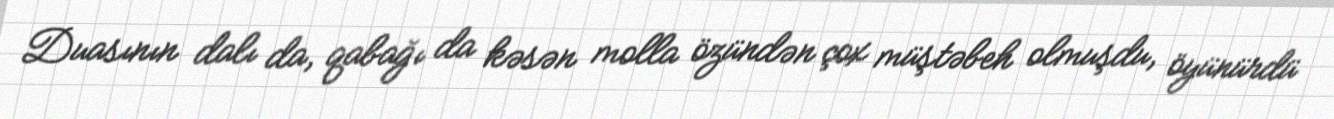
Duasının dalı da, qabağı da kəsən molla özündən çox müştəbeh olmuşdu, öyünürdü